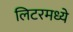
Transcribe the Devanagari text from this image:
लिटरमध्ये